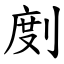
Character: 剫